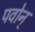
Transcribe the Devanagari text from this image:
पवोन्